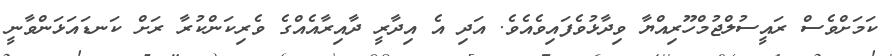
ކަމަށްވެސް ރައީސުލްޖުމްހޫރިއްޔާ ވިދާޅުވެފައިވެއެވެ. އަދި އެ އިދާރީ ދާއިރާއެއްގެ ވެރިކަންކުރާ ރަށް ކަނޑައަޅަންވާނީ